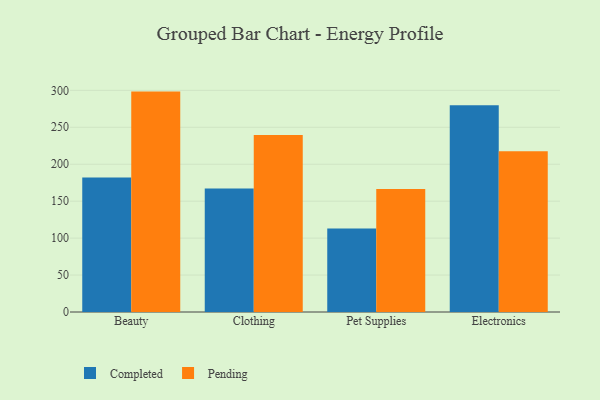
{"axis": {"x": "Category", "y": "Headcount"}, "legend": ["Completed", "Pending"], "data": [{"x": "Beauty", "y": 182.1, "type": "Completed"}, {"x": "Beauty", "y": 298.3, "type": "Pending"}, {"x": "Clothing", "y": 167.1, "type": "Completed"}, {"x": "Clothing", "y": 239.7, "type": "Pending"}, {"x": "Pet Supplies", "y": 112.9, "type": "Completed"}, {"x": "Pet Supplies", "y": 166.4, "type": "Pending"}, {"x": "Electronics", "y": 279.9, "type": "Completed"}, {"x": "Electronics", "y": 217.6, "type": "Pending"}]}